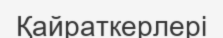
Қайраткерлері